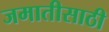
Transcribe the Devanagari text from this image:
जमातीसाठी